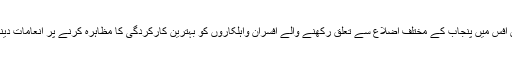
ان خیالات کا اظہار انہوں نے سنٹرل پولیس آفس میں پنجاب کے مختلف اضلاع سے تعلق رکھنے والے افسران واہلکاروں کو بہترین کارکردگی کا مظاہرہ کرنے پر انعامات دینے کی تقریب سے خطاب کرتے ہوئے کیا۔